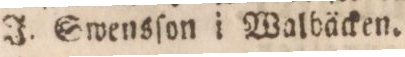
J. Swensſon i Walbäcken.